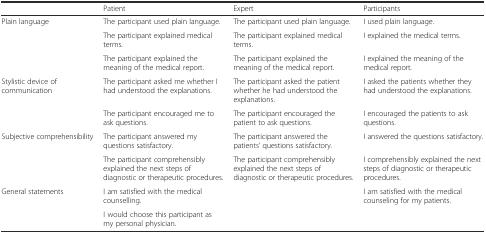
<table><thead><tr><td></td><td><b>Patient</b></td><td><b>Expert</b></td><td><b>Participants</b></td></tr></thead><tbody><tr><td rowspan="3">Plain language</td><td>The participant used plain language.</td><td>The participant used plain language.</td><td>I used plain language.</td></tr><tr><td>The participant explained medical terms.</td><td>The participant explained medical terms.</td><td>I explained the medical terms.</td></tr><tr><td>The participant explained the meaning of the medical report.</td><td>The participant explained the meaning of the medical report.</td><td>I explained the meaning of the medical report.</td></tr><tr><td rowspan="2">Stylistic device of communication</td><td>The participant asked me whether I had understood the explanations.</td><td>The participant asked the patient whether he had understood the explanations.</td><td>I asked the patients whether they had understood the explanations.</td></tr><tr><td>The participant encouraged me to ask questions.</td><td>The participant encouraged the patient to ask questions.</td><td>I encouraged the patients to ask questions.</td></tr><tr><td rowspan="2">Subjective comprehensibility</td><td>The participant answered my questions satisfactory.</td><td>The participant answered the patients’ questions satisfactory.</td><td>I answered the questions satisfactory.</td></tr><tr><td>The participant comprehensibly explained the next steps of diagnostic or therapeutic procedures.</td><td>The participant comprehensibly explained the next steps of diagnostic or therapeutic procedures.</td><td>I comprehensibly explained the next steps of diagnostic or therapeutic procedures.</td></tr><tr><td rowspan="2">General statements</td><td>I am satisfied with the medical counselling.</td><td></td><td>I am satisfied with the medical counseling for my patients.</td></tr><tr><td>I would choose this participant as my personal physician.</td><td></td><td></td></tr></tbody></table>